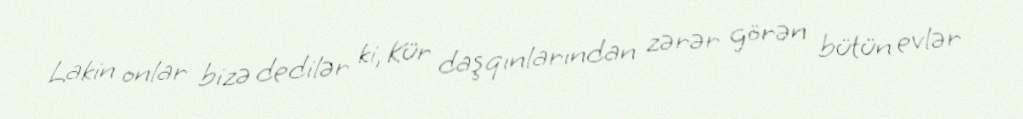
Lakin onlar bizə dedilər ki, Kür daşqınlarından zərər görən bütün evlər